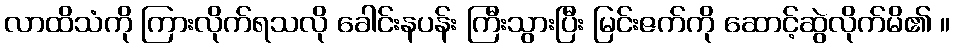
လာထိသံကို ကြားလိုက်ရသလို ခေါင်းနပန်း ကြီးသွားပြီး မြင်းဇက်ကို ဆောင့်ဆွဲလိုက်မိ၏ ။